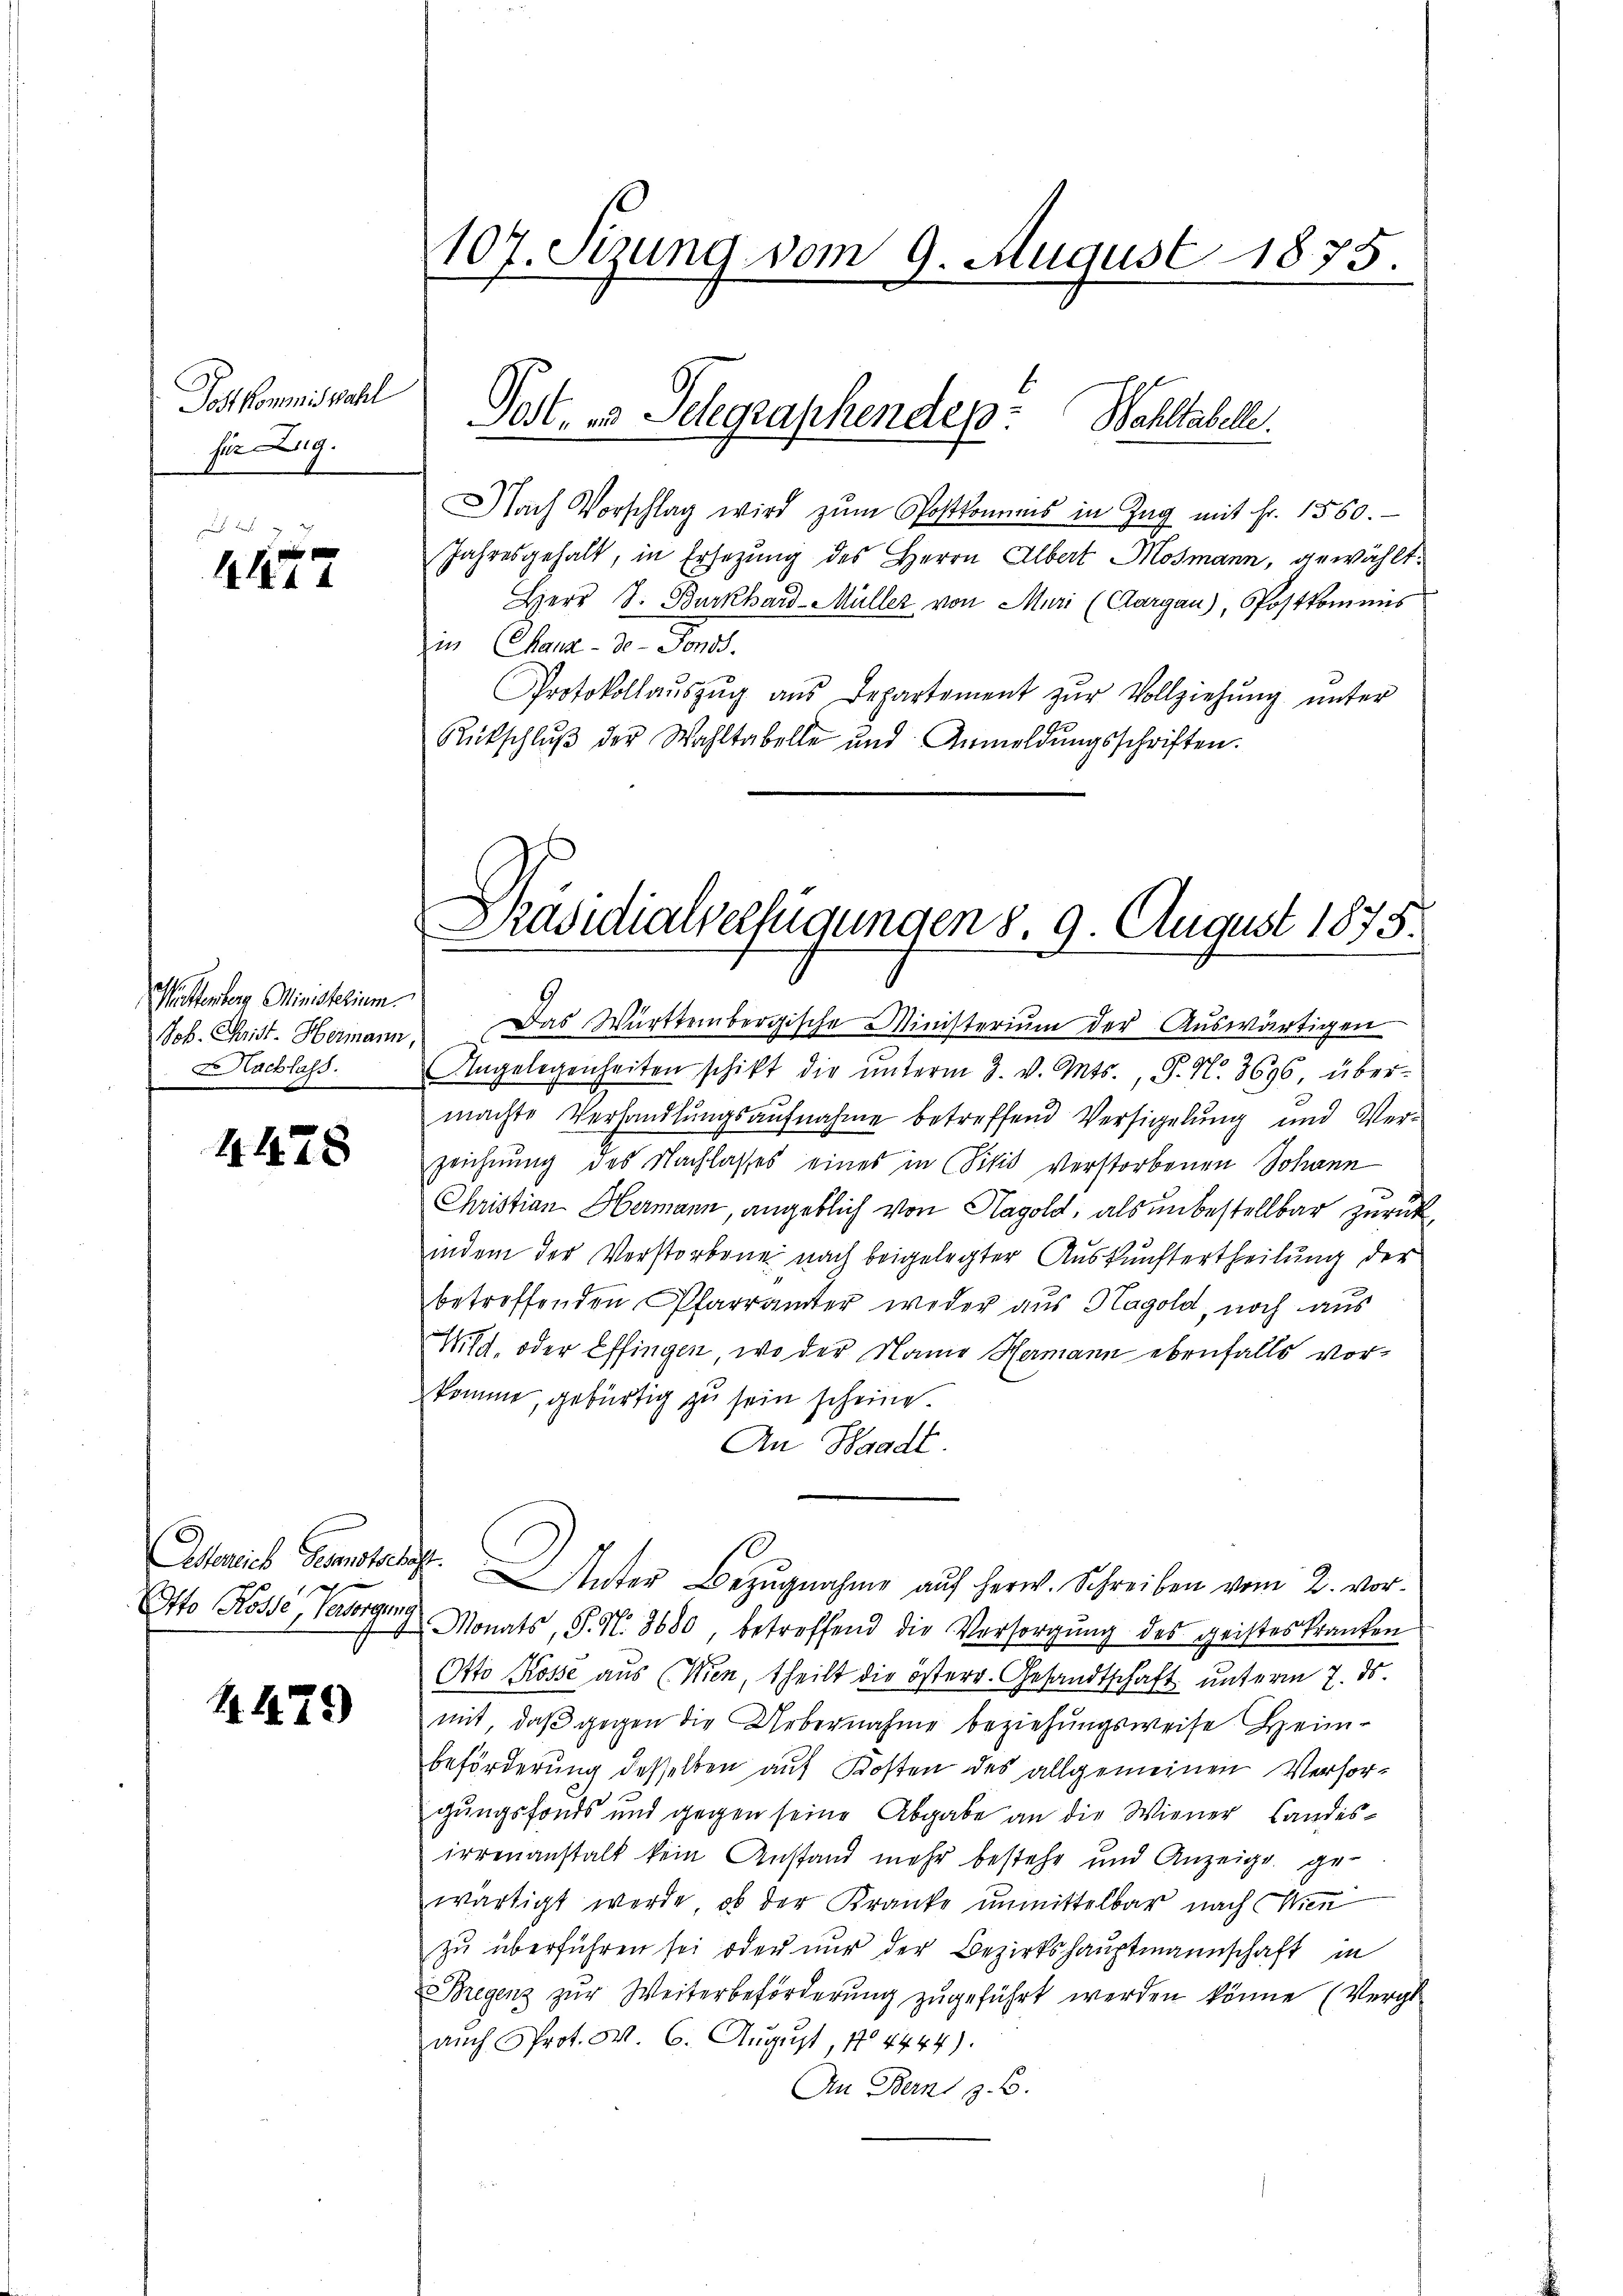
Jost kommiswahl
fir Zug.
ge Kant

4472

Wettenberg Ministerium.
Nachlass
7

4478

Aderlich Gesandtschaft.
Otto Rösse, Versorgung

K.479)

107. Sizung vom 9. August 1875.

Post.  Telegraphendep: Wahltabelle.

Nach Vorschlag wird zŭm Postkommnis in Zŭg mit Fr. 1560.
Jahresgehalt, in Ersezung des Herrn Albert Mosmann, gewählt:
Herr S. Burkhard-Müller von Muri (Aargau), Postkommis
in Canz. Dr. Sonst.
Protokollaŭszŭg aŭs Departement zŭr Vollziehŭng ŭnter
Rütschlŭβ der Wahltabelle und Anmeldŭngsschriften.

Präsidialverfügungen 8. 9. August 1875.

Joh. Christ. Hermann. Das Württembergische Ministeriŭm der Aŭswärtigen
Angelegenheiten schikt die ŭnterm 3. v. Mts., P. N. 3696, übermachte Verhandlungsaufnahme betreffend Versigelung und Verzeichnung des Nachlasses eines in Visit verstorbenen Johann
Christian Hermann, angeblich von Hagold, als unbestellbar zurückindem der Verstorbene nach beigelegter Auskunftertheilung der
betroffenden Pfarrämter weder aus Hagold, noch aus
Wild. oder Effingen, wo der Name Hermann ebenfalls vorkomme, gebürtig zu sein scheine.
An Waadt.
Unter Bezugnahme auf herw. Schreiben vom 2. vor¬
Monats, S. N. 3680 betreffend die Versorgŭng des geisteskranken
Otto Rosse aus (Wien, theilt die österr. Gesandtschaft unterm 7. ds.
mit, daβ gegen die Uebernahme beziehungsweise Heim-
beförderung desselben auf Kosten des allgemeinen Verhörgungsfonds und gegen seine Abgabe an die Wiener Landes-
irrenanstalt kein Anstand mehr bestehe und Anzeige ge-
wärtigt werde, ob der Kranke unmittelbar nach Wien
zu überführen sei oder nur der Bezirkshauptmannschaft in
Bregenz zŭr Weiterbeförderŭng zŭgeführt werden könne (Vergl
auch Prot. W. 6. August, 174444)
An Bern z. B.